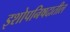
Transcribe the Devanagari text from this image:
इशोपनिषदातील